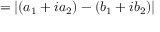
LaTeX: = | ( a _ { 1 } + i a _ { 2 } ) - ( b _ { 1 } + i b _ { 2 } ) |